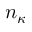
n _ { \kappa }